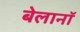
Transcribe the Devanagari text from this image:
बेलानॉ